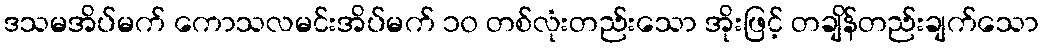
ဒသမအိပ်မက် ကောသလမင်းအိပ်မက် ၁၀ တစ်လုံးတည်းသော အိုးဖြင့် တချိန်တည်းချက်သော